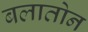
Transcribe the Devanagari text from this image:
बलातोन